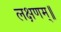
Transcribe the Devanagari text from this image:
लक्षणम्‌॥